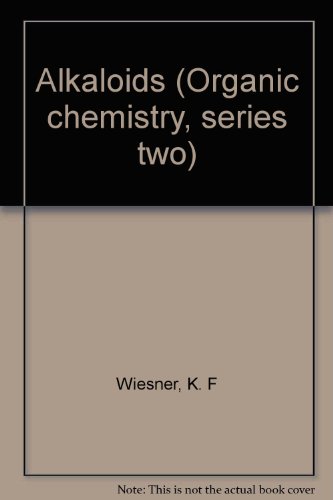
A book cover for Alkaloids (Organic chemistry, series two); K. F Wiesner; Science & Math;